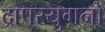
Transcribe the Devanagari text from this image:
द्रापरयुगनो